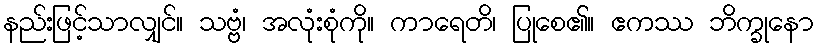
နည်းဖြင့်သာလျှင်။ သဗ္ဗံ၊ အလုံးစုံကို။ ကာရေတိ၊ ပြုစေ၏။ ဧကဿ ဘိက္ခုနော